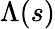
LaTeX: \Lambda(s)